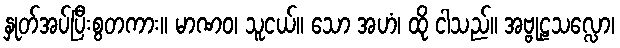
နှုတ်အပ်ပြီးစွတကား။ မာဏဝ၊ သူငယ်။ သော အဟံ၊ ထို ငါသည်။ အဗ္ဗုဠသလ္လော၊